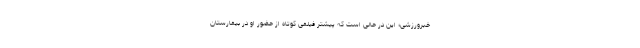
خبرورزشی؛ این در حالی است که پیشتر فیلمی کوتاه از حضور او در بیمارستان